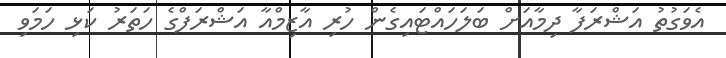
އެވަގުތު އަޝްރަފާ ދިމާއަށް ބަލަހައްޓައިގެން ހުރި އާޒިމްއާ އަޝްރަފްގެ ހަތަރު ކަޅި ހަމަވި